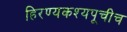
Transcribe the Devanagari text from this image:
हिरण्यकश्यपूचीच